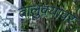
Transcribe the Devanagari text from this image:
तालुक्यांवर